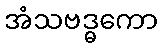
အံသဗဒ္ဓကော